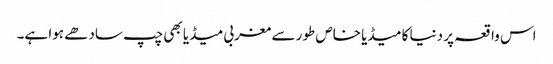
اس واقعہ پر دنیا کا میڈیا خاص طور سے مغربی میڈیا بھی چپ سادھے ہوا ہے۔